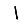
Digit: 1